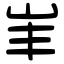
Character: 𡵞